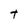
Character: t